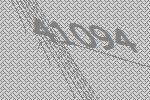
41094